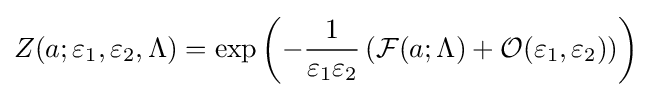
Z(a;\varepsilon _{1},\varepsilon _{2},\Lambda )=\exp \left(-{\frac {1}{\varepsilon _{1}\varepsilon _{2}}}\left({\mathcal {F}}(a;\Lambda )+{\mathcal {O}}(\varepsilon _{1},\varepsilon _{2})\right)\right)